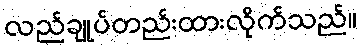
လည်ချုပ်တည်းထားလိုက်သည်။